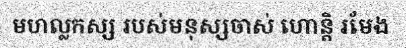
មហល្លកស្ស របស់មនុស្សចាស់ ហោន្តិ រមែង